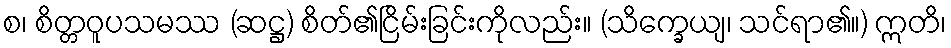
စ၊ စိတ္တဝူပသမဿ (ဆဋ္ဌ) စိတ်၏ငြိမ်းခြင်းကိုလည်း။ (သိက္ခေယျ၊ သင်ရာ၏။) ဣတိ၊